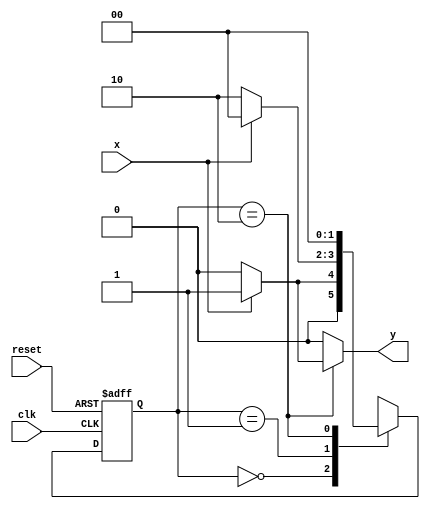
/*
Nome: Henrique Augusto Rodrigues
Matricula: 675263
Turno: Tarde
Guia 11
Mealy_101.v
*/
// Mealy FSM

//constant definitions
`define found 1
`define notfound 0

//FSM
module mealy_101 (y, x, clk, reset);
output y;
input x;
input clk;
input reset;

reg y;

parameter    //state identifiers
start = 2'b00,
id1   = 2'b01,
id01  = 2'b10;

reg[1:0] E1;//current state variables
reg[1:0] E2;//next state logic output

//next state logic
always @(x or E1)
begin
  y=`notfound;

  case (E1)
  start:
    if (x)
      E2 = id1;
      else
      E2 = start;
  id1:
    if (x)
      E2 = start;
    else
      E2 = id01;
  id01:
    if(x)
      begin
      E2 = start;
      y = `found;
      end
    else
      begin
      E2 = start;
      y = `notfound;
      end
  default: //undefined state
    E2 = 2'bxx;
  endcase
end //always at signal or state changing

//state variables
always @ ( posedge clk or negedge reset )
  begin
  if (reset)
    E1=E2; //updates current state
  else
    E1=0; //reset
  end //always at signal changing

endmodule //Mealy_1101